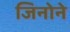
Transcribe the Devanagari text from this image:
जिनोने